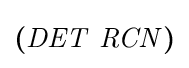
{\boldsymbol {(}}{\mathit {DET}}\ {\mathit {RCN}}{\boldsymbol {)}}